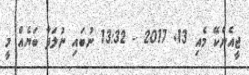
ޖީއެންކޭ މެއި 13